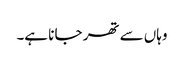
وہاں سے تھر جا نا ہے۔